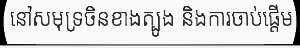
នៅសមុទ្រចិនខាងត្បូង និងការចាប់ផ្តើម